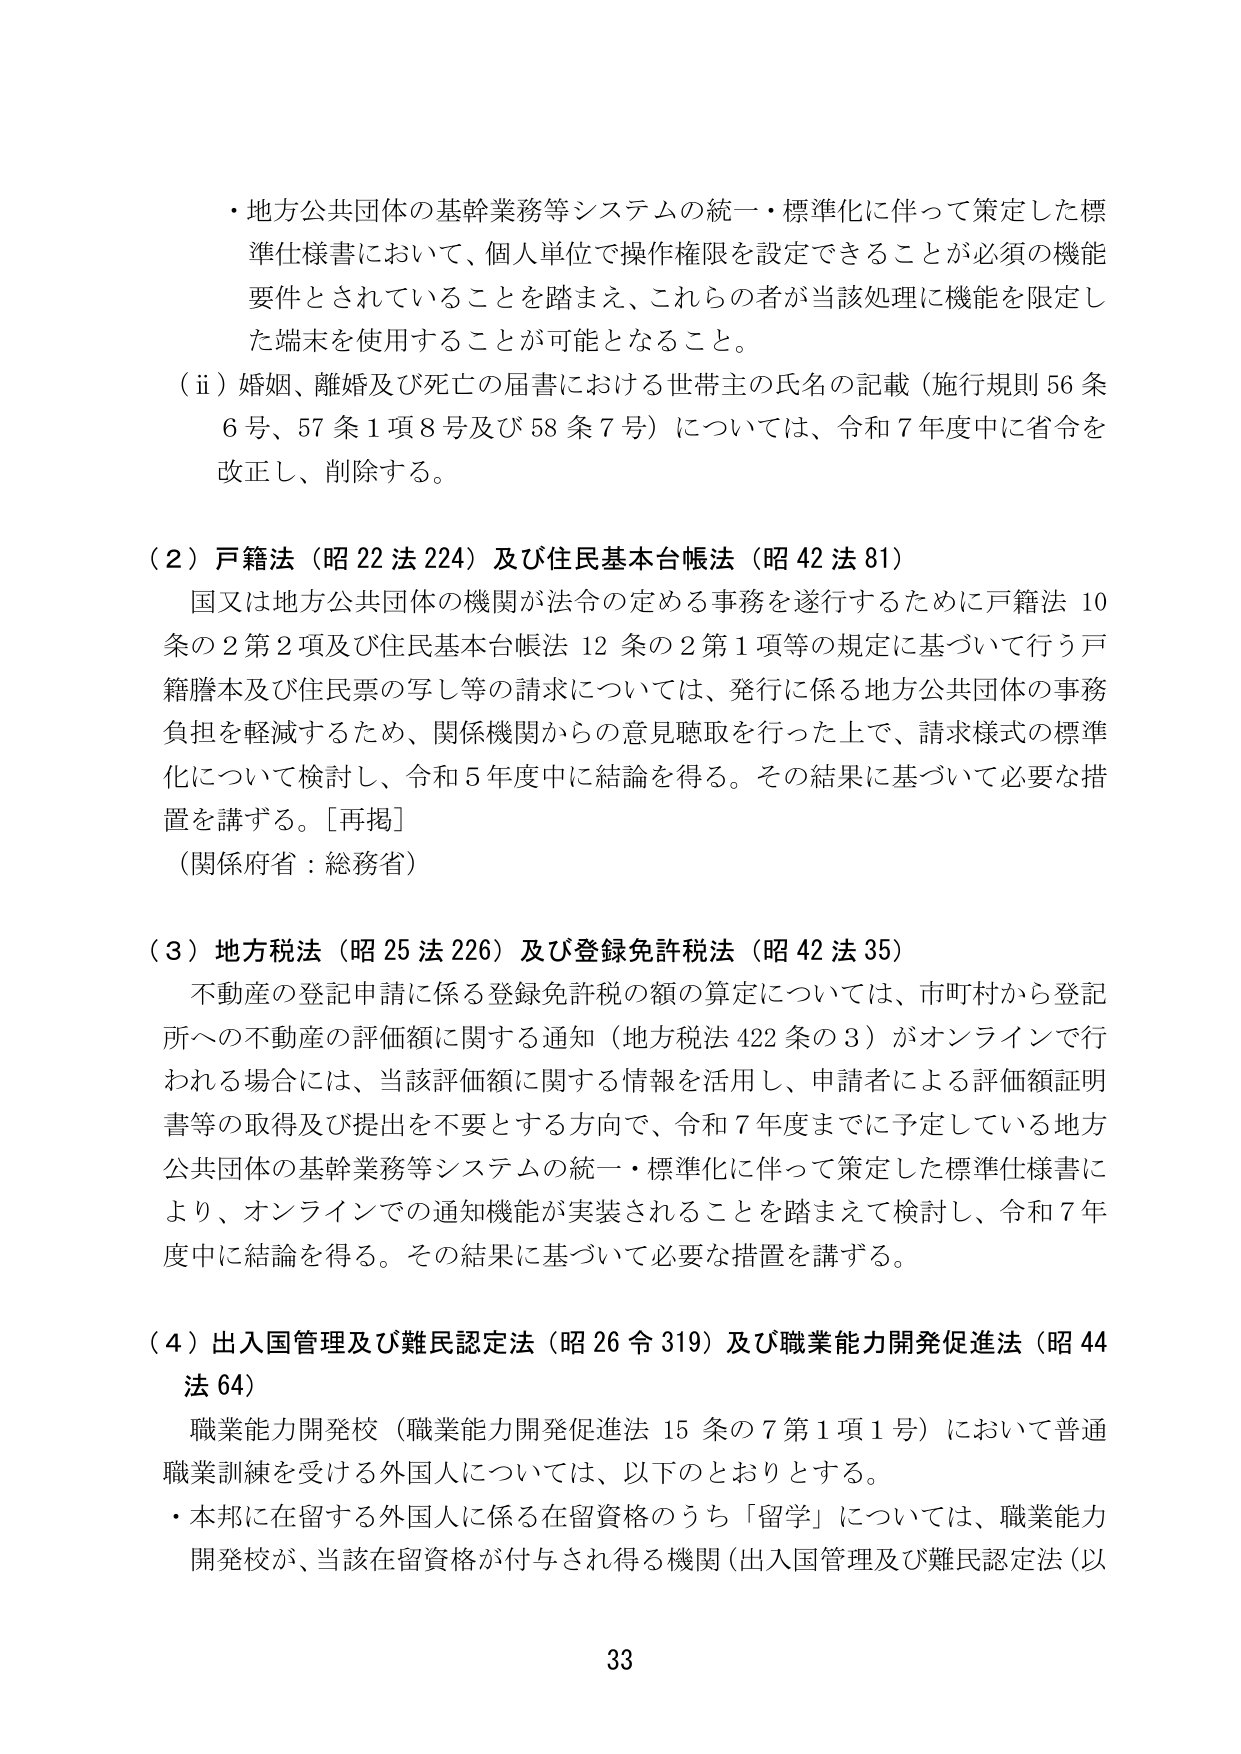
・地方公共団体の基幹業務等システムの統一・標準化に伴って策定した標準仕様書において、個人単位で操作権限を設定できることが必須の機能要件とされていることを踏まえ、これらの者が当該処理に機能を限定した端末を使用することが可能となること。

（ⅱ）婚姻、離婚及び死亡の届書における世帯主の氏名の記載（施行規則56条6号、57条1項8号及び58条7号）については、令和7年度中に省令を改正し、削除する。

（２）戸籍法（昭22法224）及び住民基本台帳法（昭42法81）
国又は地方公共団体の機関が法令の定める事務を遂行するために戸籍法10条の2第2項及び住民基本台帳法12条の2第1項等の規定に基づいて行う戸籍謄本及び住民票の写し等の請求については、発行に係る地方公共団体の事務負担を軽減するため、関係機関からの意見聴取を行った上で、請求様式の標準化について検討し、令和5年度中に結論を得る。その結果に基づいて必要な措置を講ずる。［再掲］
（関係府省：総務省）

（３）地方税法（昭25法226）及び登録免許税法（昭42法35）
不動産の登記申請に係る登録免許税の額の算定については、市町村から登記所への不動産の評価額に関する通知（地方税法422条の3）がオンラインで行われる場合には、当該評価額に関する情報を活用し、申請者による評価額証明書等の取得及び提出を不要とする方向で、令和7年度までに予定している地方公共団体の基幹業務等システムの統一・標準化に伴って策定した標準仕様書により、オンラインでの通知機能が実装されることを踏まえて検討し、令和7年度中に結論を得る。その結果に基づいて必要な措置を講ずる。

（４）出入国管理及び難民認定法（昭26令319）及び職業能力開発促進法（昭44法64）
職業能力開発校（職業能力開発促進法15条の7第1項1号）において普通職業訓練を受ける外国人については、以下のとおりとする。
・本邦に在留する外国人に係る在留資格のうち「留学」については、職業能力開発校が、当該在留資格が付与され得る機関（出入国管理及び難民認定法（以

33